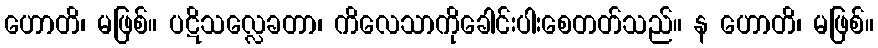
ဟောတိ၊ မဖြစ်။ ပဋိသလ္လေခတာ၊ ကိလေသာကိုခေါင်းပါးစေတတ်သည်။ န ဟောတိ၊ မဖြစ်။